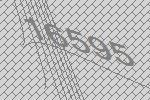
16595